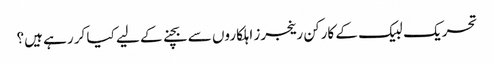
تحریک لبیک کے کارکن رینجرز اہلکاروں سے بچنے کے لیے کیا کر رہے ہیں؟